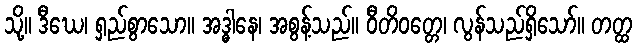
သို့။ ဒီဃေ၊ ရှည်စွာသော။ အဒ္ဓါနေ၊ အစွန့်သည်။ ဝီတိဝတ္တေ၊ လွန်သည်ရှိသော်။ တတ္ထ